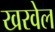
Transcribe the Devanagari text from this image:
खरवेल